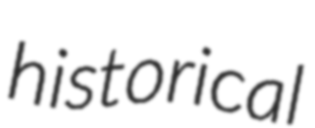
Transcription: historical